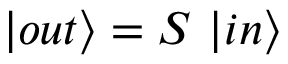
| o u t \rangle = S ~ | i n \rangle